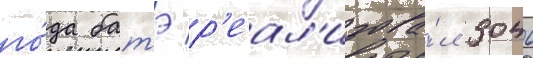
го́да батэ р'еал'изова́л 3046